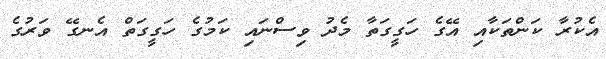
އެކުރާ ކަންތަކާއި އޭގެ ހަގީގަތާ މެދު ވިސްނައި ކަމުގެ ހަގީގަތް އެނގޭ ވަރުގެ